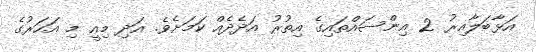
އަޅާބަލާއިރު 2 އިންސައްތައިގެ އިތުރު އަދެދެއް ކަމަށެވެ. އަދި މިއީ މި އަހަރުގެ